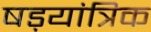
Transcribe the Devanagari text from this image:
षड़यांत्रिक